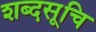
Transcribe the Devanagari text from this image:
शब्दसूचि